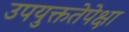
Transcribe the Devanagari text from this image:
उपयुक्ततेपेक्षा